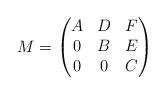
LaTeX: \begin{align*}M= \begin{pmatrix} A&D&F\\ 0&B&E\\ 0&0&C\\\end{pmatrix}\end{align*}